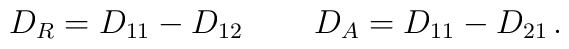
D_R = D_{11}-D_{12}\, \qquad    D_A = D_{11}-D_{21}\,.